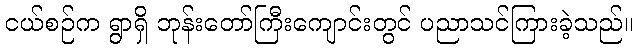
ငယ်စဉ်က ရွာရှိ ဘုန်းတော်ကြီးကျောင်းတွင် ပညာသင်ကြားခဲ့သည်။